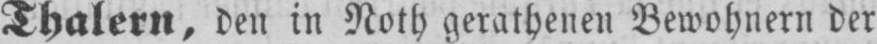
Thalern, den in Roth gerathenen Bewohnern der